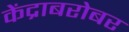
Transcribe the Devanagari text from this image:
केंद्राबरोबर